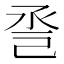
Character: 巹